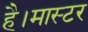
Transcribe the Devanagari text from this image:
है।मास्‍टर